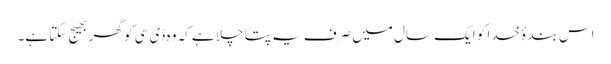
اس بندۂ خدا کو ایک سال میں صرف یہ پتا چلا ہے کہ وہ ڈی سی کو گھر بھیج سکتا ہے۔